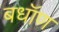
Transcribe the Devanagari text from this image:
बधॉण